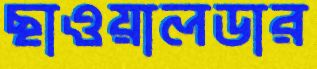
ছাওয়ালডার